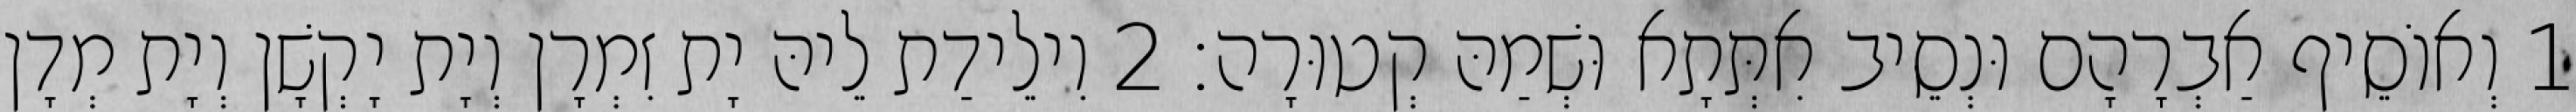
1 וְאוֹסֵיף אַבְרָהָם וּנְסֵיב אִתְּתָא וּשְׁמַהּ קְטוּרָה׃ 2 וִילֵידַת לֵיהּ יָת זִמְרָן וְיָת יָקְשָׁן וְיָת מְדָן